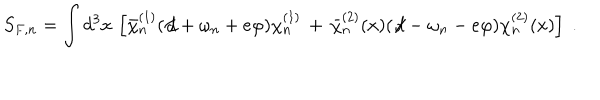
S _ { F , n } = \int d ^ { 3 } x \, \left[ { \bar { \chi } } _ { n } ^ { ( 1 ) } ( \not \! d + \omega _ { n } + e \varphi ) \chi _ { n } ^ { ( 1 ) } \, + \, { \bar { \chi } } _ { n } ^ { ( 2 ) } ( x ) ( \not \! d - \omega _ { n } - e \varphi ) \chi _ { n } ^ { ( 2 ) } ( x ) \right] \; .